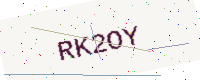
Text: RK2OY